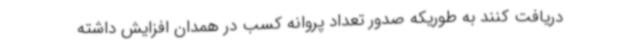
دریافت کنند به طوریکه صدور تعداد پروانه کسب در همدان افزایش داشته